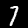
Label: 7